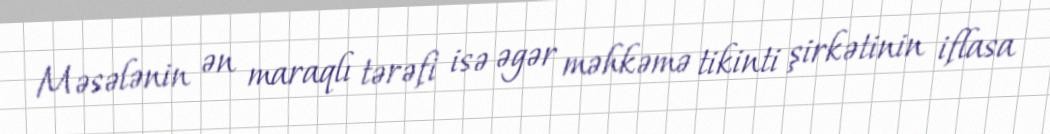
Məsələnin ən maraqlı tərəfi isə əgər məhkəmə tikinti şirkətinin iflasa